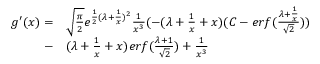
\begin{array} { r l } { g ^ { \prime } ( x ) = } & { \sqrt { \frac { \pi } { 2 } } e ^ { \frac { 1 } { 2 } ( \lambda + \frac { 1 } { x } ) ^ { 2 } } \frac { 1 } { x ^ { 3 } } ( - ( \lambda + \frac { 1 } { x } + x ) ( C - e r f ( \frac { \lambda + \frac { 1 } { x } } { \sqrt { 2 } } ) ) } \\ { - } & { ( \lambda + \frac { 1 } { x } + x ) e r f ( \frac { \lambda + 1 } { \sqrt { 2 } } ) + \frac { 1 } { x ^ { 3 } } } \end{array}